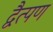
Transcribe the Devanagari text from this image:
द्वैत्पण